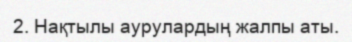
2. Нақтылы аурулардың жалпы аты.